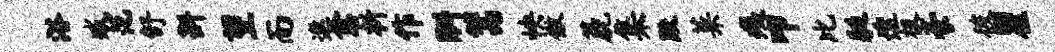
浴臧范舒斟望而遨愈析作酬篙怏傲篪集默菜痍叩比艇透极豪彼瞿